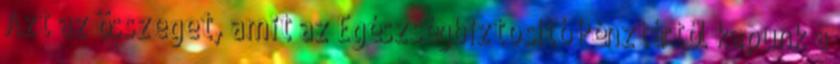
Azt az összeget, amit az Egészségbiztosító Pénztártól kapunk a